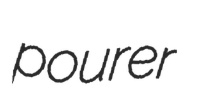
pourer